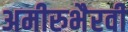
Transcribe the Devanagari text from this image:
अमीरुभैरवी